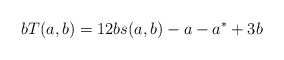
\begin{align*}bT(a,b)=12bs(a,b)-a-a^*+3b\end{align*}